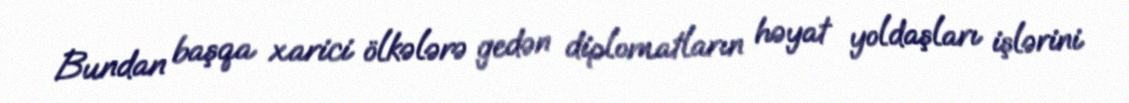
Bundan başqa xarici ölkələrə gedən diplomatların həyat yoldaşları işlərini